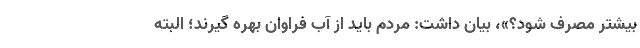
بیشتر مصرف شود؟»، بیان داشت: مردم باید از آب فراوان بهره گیرند؛ البته